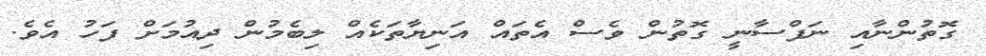
ގޮތުންނާއި ނަފްސާނީ ގޮތުން ވެސް އެތައް އަނިޔާތަކެއް ލިބެމުން ދިއުމަށް ފަހު އެވެ.